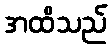
အထိသည်